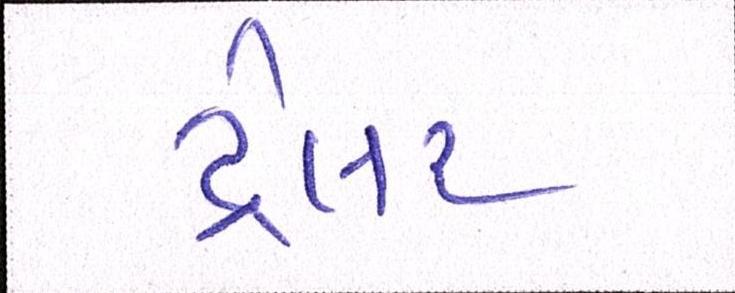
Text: ટ્રેલર